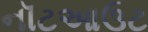
નૉટઆઉટ